65_HS1-834228961_62-HQ-83894_Section_7
Agency: FBI
Page 86
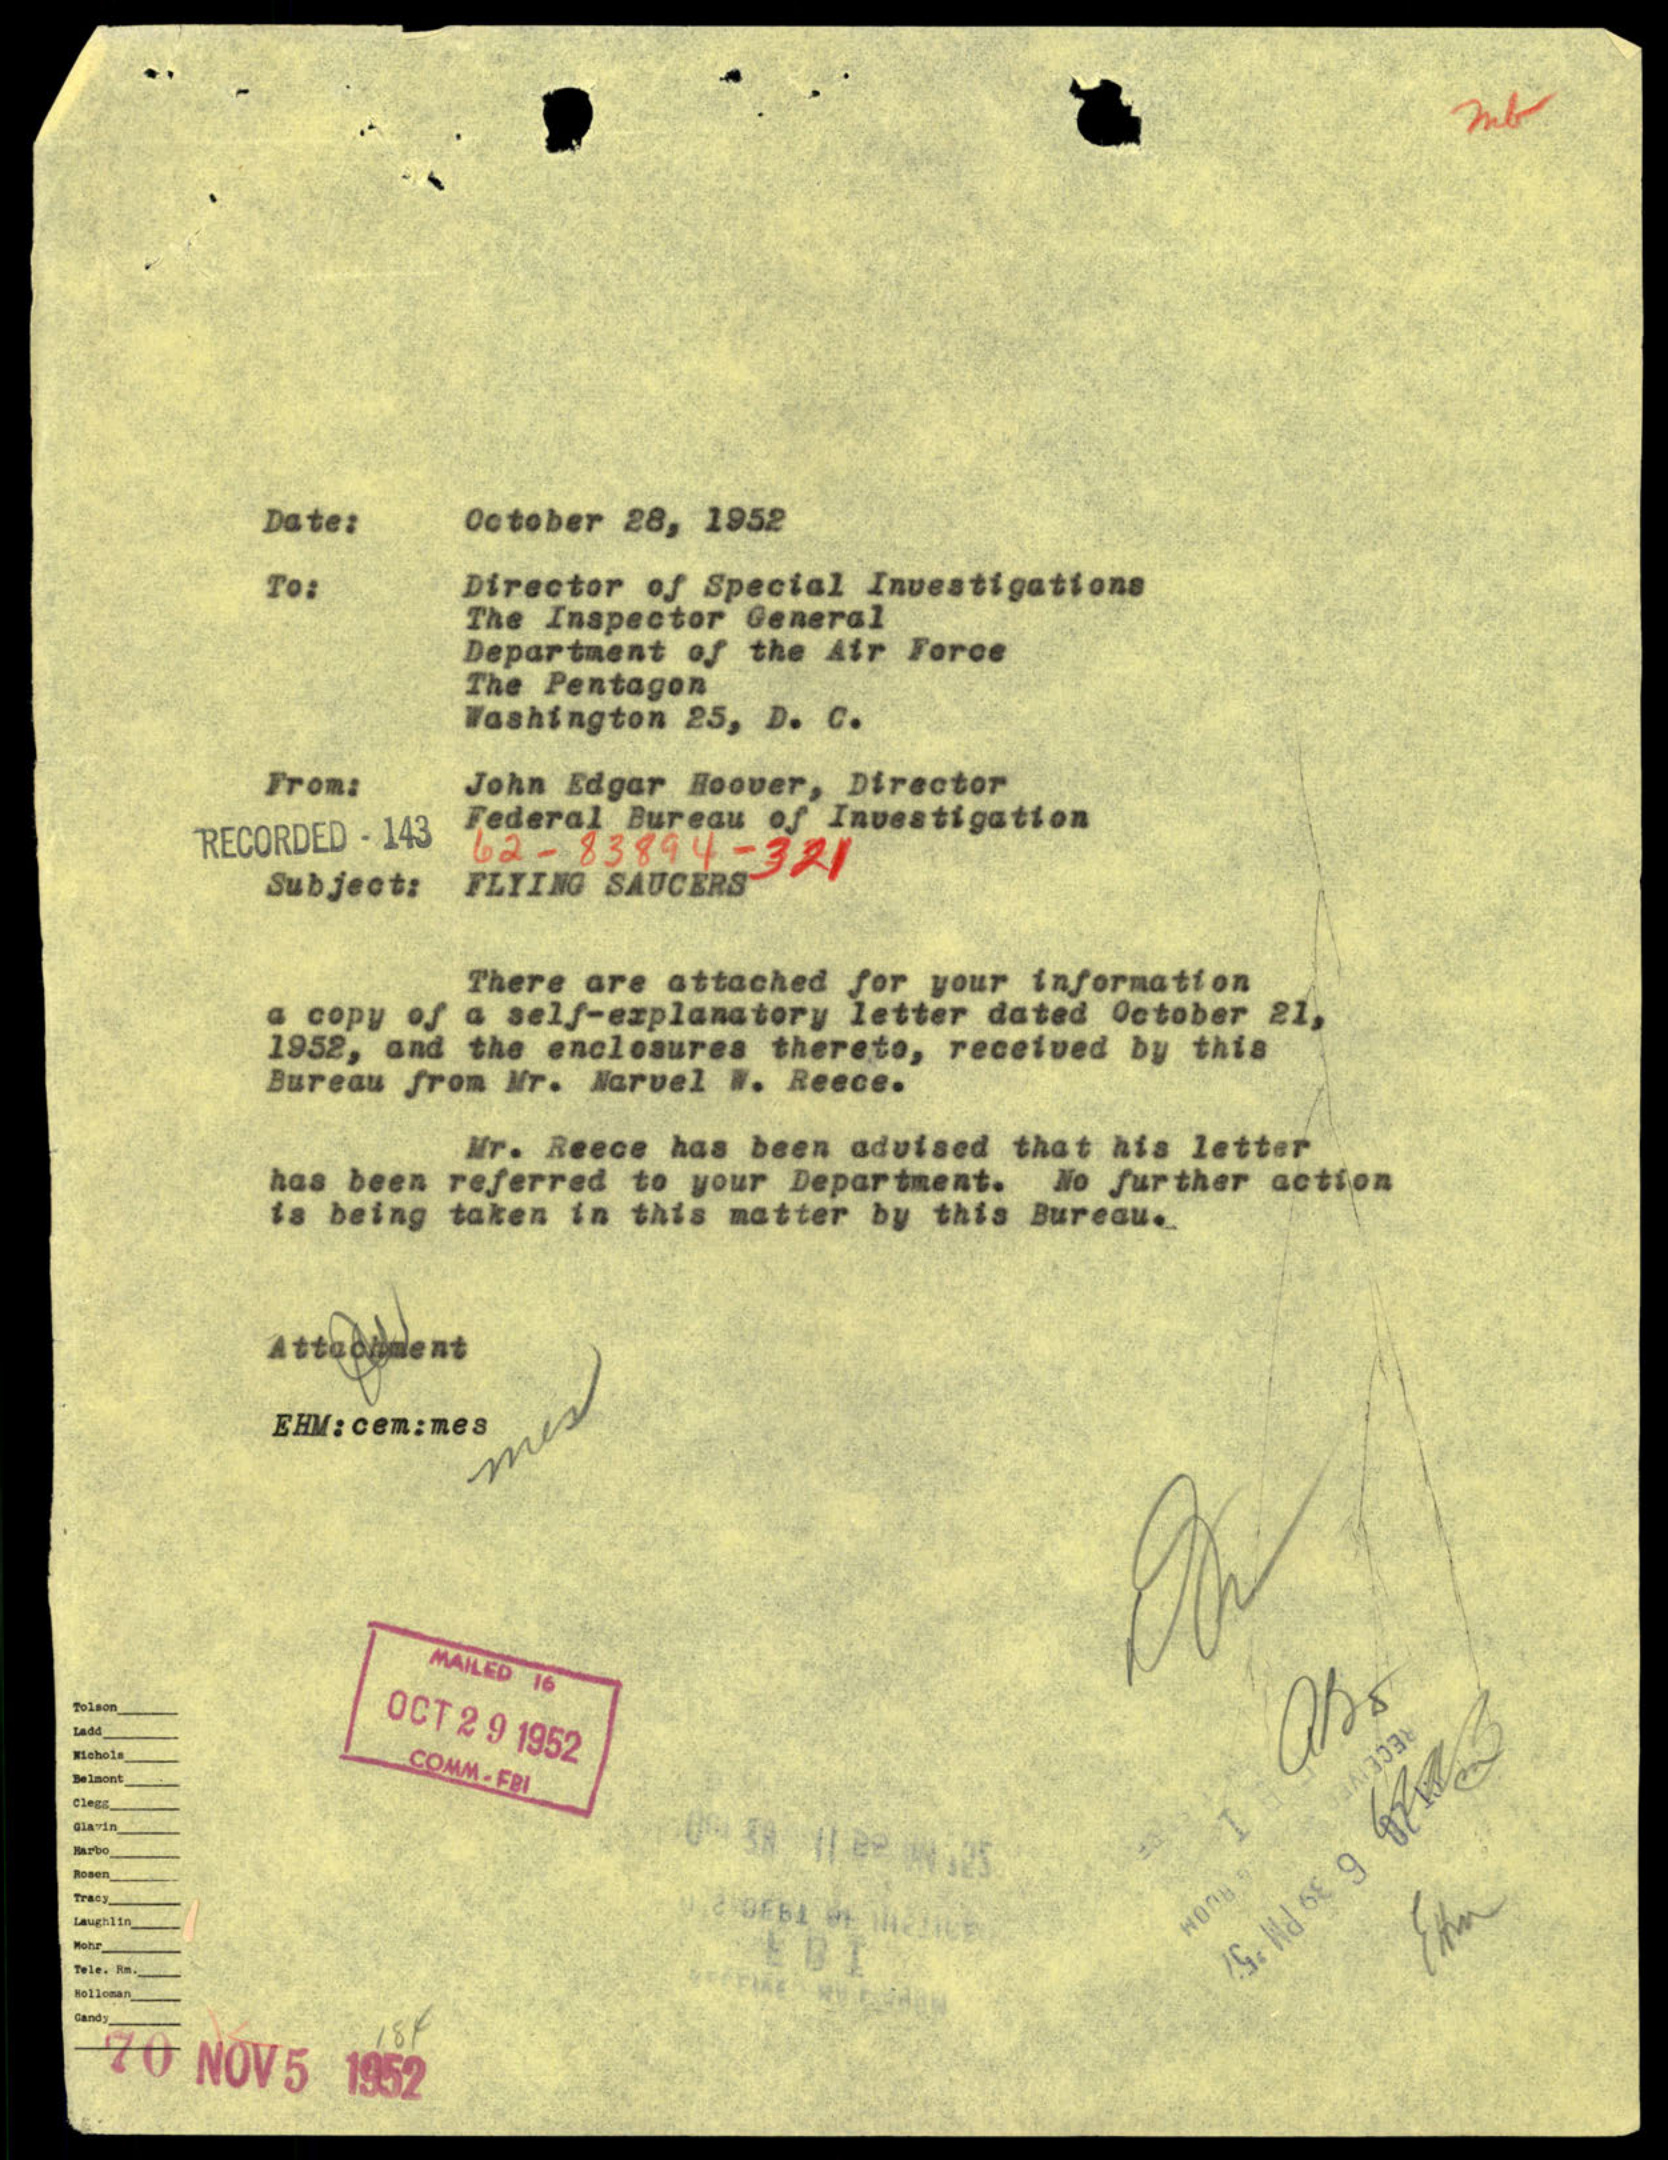